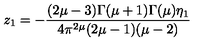
z _ { 1 } = - \frac { ( 2 \mu - 3 ) \Gamma ( \mu + 1 ) \Gamma ( \mu ) \eta _ { 1 } } { 4 \pi ^ { 2 \mu } ( 2 \mu - 1 ) ( \mu - 2 ) }